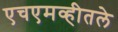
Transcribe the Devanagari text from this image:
एचएमव्हीतले